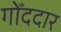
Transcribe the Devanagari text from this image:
गोँददार